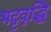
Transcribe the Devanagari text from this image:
भट्टवृद्धि